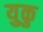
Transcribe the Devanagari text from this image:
युकु